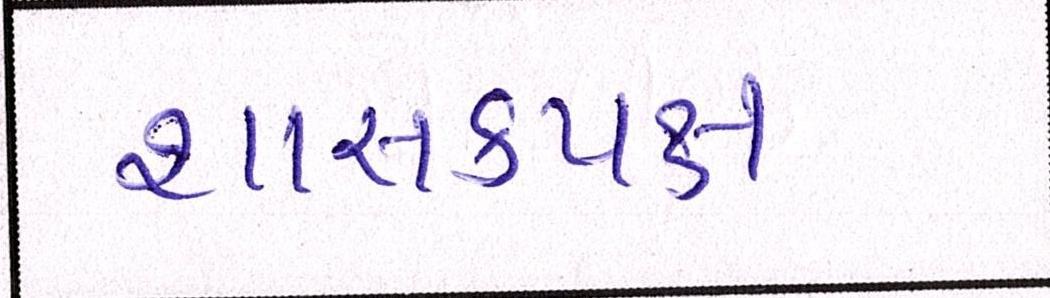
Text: શાસકપક્ષ